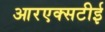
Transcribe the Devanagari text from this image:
आरएक्सटीई